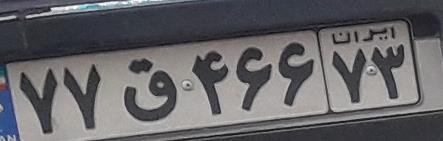
۷۷ق۴۶۶۷۳